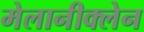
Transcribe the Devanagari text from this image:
मेलानीक्लेन